Scottish Certificate of Education, 1963
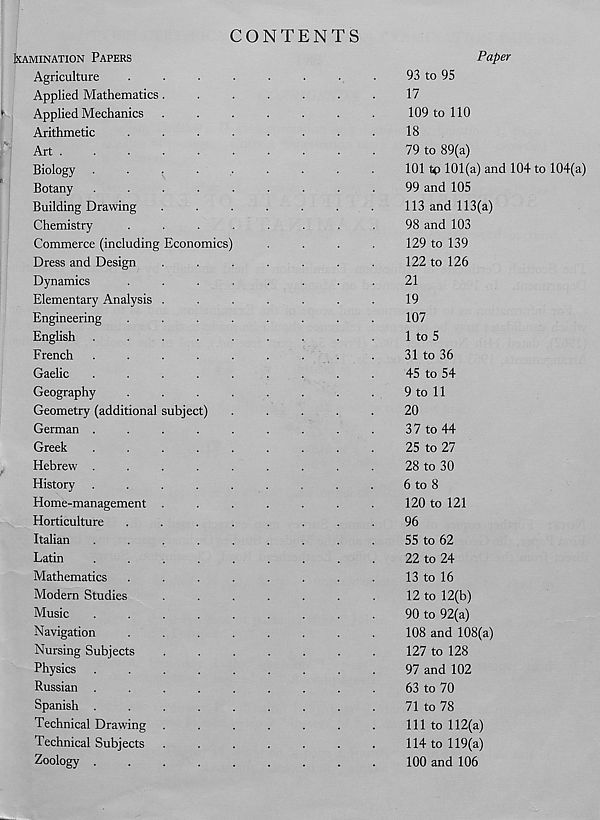
CONTENTS
IXAMINATION PAPERS
Agriculture
Applied Mathematics
Applied Mechanics
Arithmetic
Art .
Biology .
Botany
Building Drawing
Chemistry
Commerce (including
Dress and Design
Dynamics
Elementary Analysis
Engineering
English
French
Gaelic
Geography
Geometry (additional
German .
Greek
Hebrew .
History
Home-management
Horticulture
Italian
Latin
Mathematics
Modern Studies
Music
Navigation
Nursing Subjects
Physics
Russian .
Spanish .
Technical Drawing
Technical Subjects
Zoology .
Economics'
subject)
Paper
93 to 95
17
109 to 110
18
79 to 89(a)
101 tp 101(a) and 104 to 104(a)
99 and 105
113 and 113(a)
98 and 103
129 to 139
122 to 126
21
19
107
1 to 5
31 to 36
45 to 54
9 to 11
20
37 to 44
25 to 27
28 to 30
6 to 8
120 to 121
96
55 to 62
22 to 24
13 to 16
12 to 12(b)
90 to 92(a)
108 and 108(a)
127 to 128
97 and 102
63 to 70
71 to 78
111 to 112(a)
114 to 119(a)
100 and 106